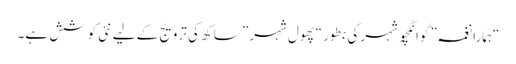
“ہمارا نغمہ” گوانگچو شہر کی بطور “پھول شہر” ساکھ کی ترویج کے لیے نئی کوشش ہے۔